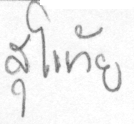
สุโขทัย